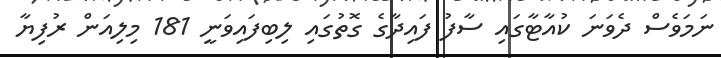
ނަމަވެސް ދެވަނަ ކުއާޓާގައި ސާފު ފައިދާގެ ގޮތުގައި ލިބިފައިވަނީ 181 މިލިއަން ރުފިޔާ